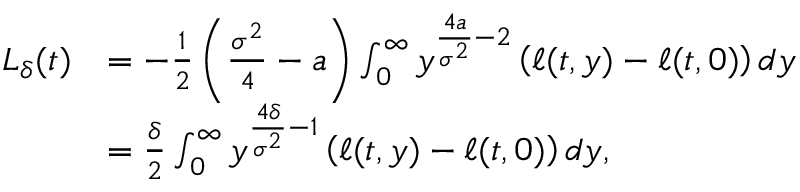
\begin{array} { r l } { L _ { \delta } ( t ) } & { = - \frac { 1 } { 2 } \left( \frac { \sigma ^ { 2 } } { 4 } - a \right) \int _ { 0 } ^ { \infty } y ^ { \frac { 4 a } { \sigma ^ { 2 } } - 2 } \left( \ell ( t , y ) - \ell ( t , 0 ) \right) d y } \\ & { = \frac { \delta } { 2 } \int _ { 0 } ^ { \infty } y ^ { \frac { 4 \delta } { \sigma ^ { 2 } } - 1 } \left( \ell ( t , y ) - \ell ( t , 0 ) \right) d y , } \end{array}